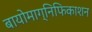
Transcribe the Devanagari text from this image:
बायोमाग्निफिकाशन